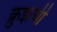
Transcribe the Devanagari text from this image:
क्रुझची